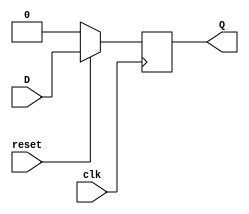
`timescale 1ns/1ps

module dFF(
    input D, clk, reset,
    output reg Q
);
    always @(posedge clk) begin
        if(~reset) begin
            Q<=0;
        end
        else
            Q <=D;
    end
endmodule

module mooreSM(
    input in, clk, reset, 
    output [2:0] out
);

    wire out0,out2;

    wire ps0,ps1, ps0_bar, ps1_bar, in_bar;
    wire ns0,ns1;
    wire top_ns0,bot_ns0, top_ns1, bot_ns1;

    not(ps0_bar,ps0);
    not(ps1_bar,ps1);
    not(in_bar,in);

    and(top_ns1, ps1,in_bar);
    and(bot_ns1, in, ps0);
    or(ns1,top_ns1,bot_ns1);

    xor(top_ns0,in,ps0);
    and(bot_ns0,in,ps1_bar);
    or(ns0,top_ns0,bot_ns0);

    dFF d0(ns0,clk,reset,ps0);
    dFF d1(ns1,clk,reset,ps1);
    
    and(out[2],ps1,ps0_bar);
    assign out[1] = ps0;
    assign out[0] = ~(ps0 ^ ps1);

endmodule